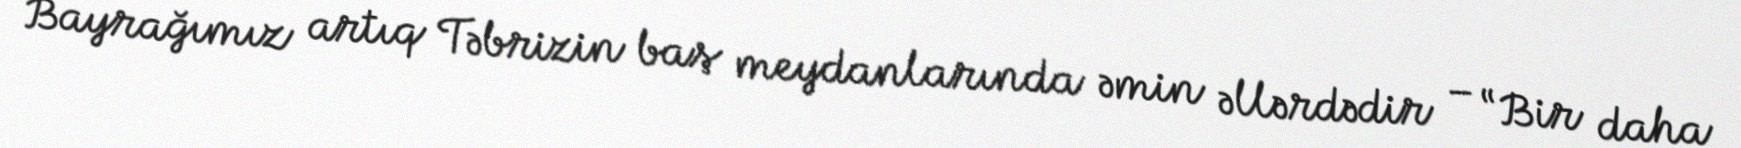
Bayrağımız artıq Təbrizin baş meydanlarında əmin əllərdədir – “Bir daha